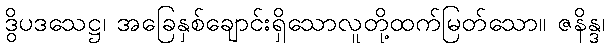
ဒွိပဒသေဋ္ဌ၊ အခြေနှစ်ချောင်းရှိသောလူတို့ထက်မြတ်သော။ ဇနိန္ဒ၊